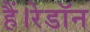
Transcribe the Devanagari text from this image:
हैं।रेडॉन